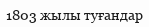
1803 жылы туғандар